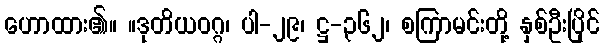
ဟောထား၏။ ။ဒုတိယဝဂ္ဂ၊ ပါ-၂၉၊ ဋ္ဌ-၃၆၂၊ စကြာမင်းတို့ နှစ်ဦးပြိုင်